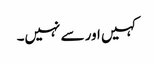
کہیں اور سے نہیں۔